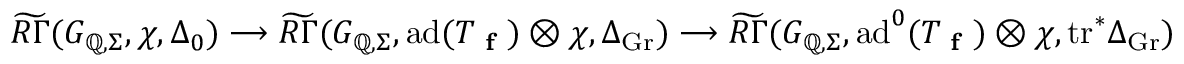
\widetilde { R \Gamma } ( G _ { \mathbb { Q } , \Sigma } , \chi , \Delta _ { 0 } ) \longrightarrow \widetilde { R \Gamma } ( G _ { \mathbb { Q } , \Sigma } , \mathrm { a d } ( T _ { \textup { \bf f } } ) \otimes \chi , \Delta _ { \mathrm { G r } } ) \longrightarrow \widetilde { R \Gamma } ( G _ { \mathbb { Q } , \Sigma } , \mathrm { a d } ^ { 0 } ( T _ { \textup { \bf f } } ) \otimes \chi , \mathrm { t r } ^ { * } \Delta _ { \mathrm { G r } } )